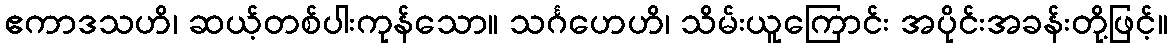
ဧကာဒသဟိ၊ ဆယ့်တစ်ပါးကုန်သော။ သင်္ဂဟေဟိ၊ သိမ်းယူကြောင်း အပိုင်းအခန်းတို့ဖြင့်။